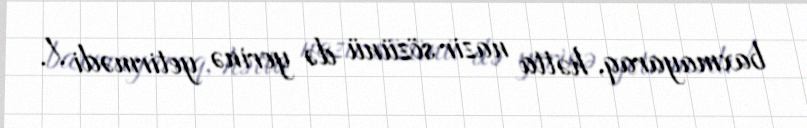
baxmayaraq, hətta nazir sözünü də yerinə yetirmədi !.